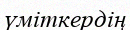
үміткердің